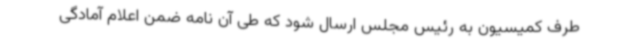
طرف کمیسیون به رئیس مجلس ارسال شود که طی آن نامه ضمن اعلام آمادگی